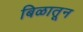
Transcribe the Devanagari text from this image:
बिळातून